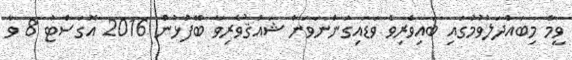
ވީމާ މިބައްދަލުވުމުގައި ބައިވެރިވެ ވަޑައިގަންނަވަން ޝައުޤުވެރިވާ ބޭފުޅުން 2016 އޮގަސްޓު 8 ވާ